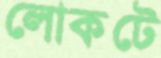
লোকটে